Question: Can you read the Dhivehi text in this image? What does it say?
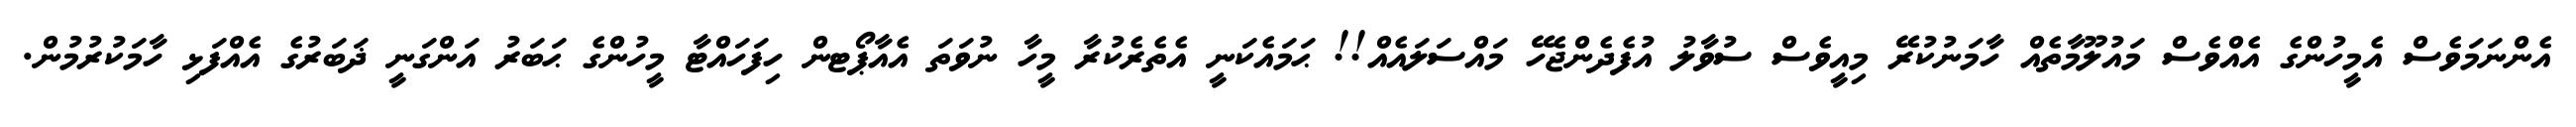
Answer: އެންނަމަވެސް އެމީހުންގެ އެއްވެސް މައުލޫމާތެއް ހާމަނުކުރޭ މިއީވެސް ސުވާލު އުފެދެންޖެހޭ މައްސަލައެއް!! ޙަމައެކަނީ އެތެރެކުރާ މީހާ ނުވަތަ އެއާޕޯޓން ހިފަހައްޓާ މީހުންގެ ޙަބަރު އަންގަނީ ޛަބަރުގެ އެއްފަޅި ހާމަކުރުމުން.